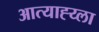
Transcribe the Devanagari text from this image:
आत्याह्य्ला